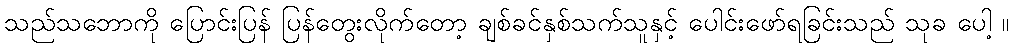
သည်သဘောကို ပြောင်းပြန် ပြန်တွေးလိုက်တော့ ချစ်ခင်နှစ်သက်သူနှင့် ပေါင်းဖော်ရခြင်းသည် သုခ ပေါ့ ။